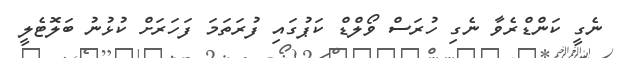
ނެގީ ކަންޑްރެވާ ނެގި ހުރަސް ވޯލްޑް ކަޕުގައި ފުރަތަމަ ފަހަރަށް ކުޅުނު ބަލޮޓެލީ